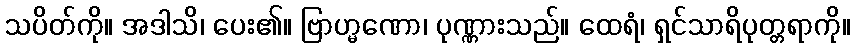
သပိတ်ကို။ အဒါသိ၊ ပေး၏။ ဗြာဟ္မဏော၊ ပုဏ္ဏားသည်။ ထေရံ၊ ရှင်သာရိပုတ္တရာကို။